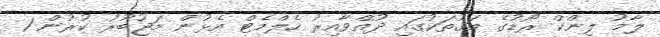
ލާމު ލިންކް ރޯޑުގެ މަގުތަކުގައި ދުއްވާއިރު ހެލްމެޓް އެޅުން މަޖުބޫރު ކުރުން 1